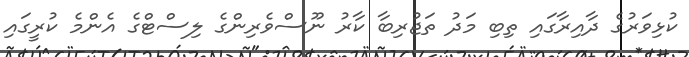
ކުޅިވަރުގެ ދާއިރާގައި ތިބި މަދު ތަޖުރިބާ ކާރު ނޫސްވެރިންގެ ލިސްޓްގެ އެންމެ ކުރީގައި